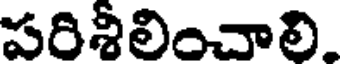
పరిశీలించాలి.